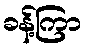
ခန့်ကြာ